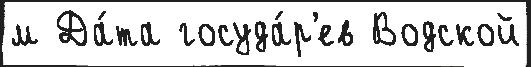
м Да́та госуда́р'ев Водской